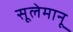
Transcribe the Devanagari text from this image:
सूलेमानू